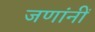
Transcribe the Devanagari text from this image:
जणांनीं